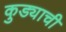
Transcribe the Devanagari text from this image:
कुड्याची